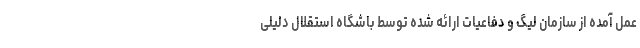
عمل آمده از سازمان لیگ و دفاعیات ارائه شده توسط باشگاه استقلال دلیلی